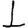
Digit: 1